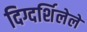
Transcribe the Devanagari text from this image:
दिग्दर्शिलेले